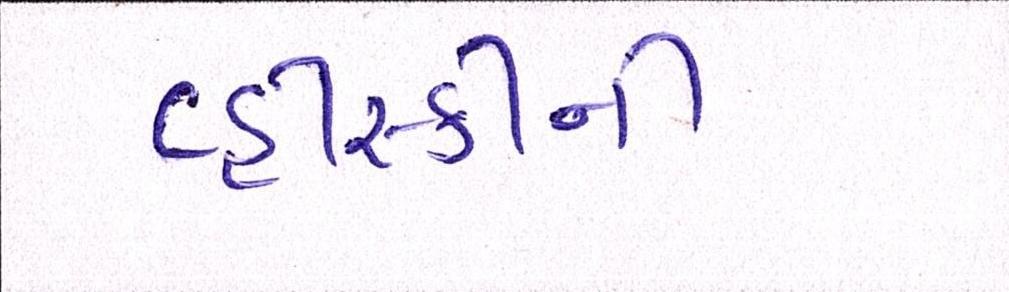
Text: વ્હીસ્કીની